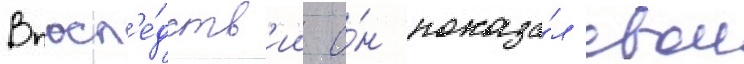
Впосл'е́дств'ии о́н показа́л свои